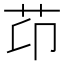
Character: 䒢